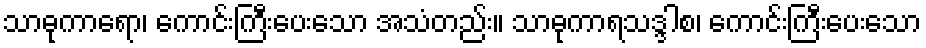
သာဓုကာရော၊ ကောင်းကြီးပေးသော အသံတည်း။ သာဓုကာရသဒ္ဒါစ၊ ကောင်းကြီးပေးသော